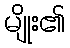
မျိုး၏